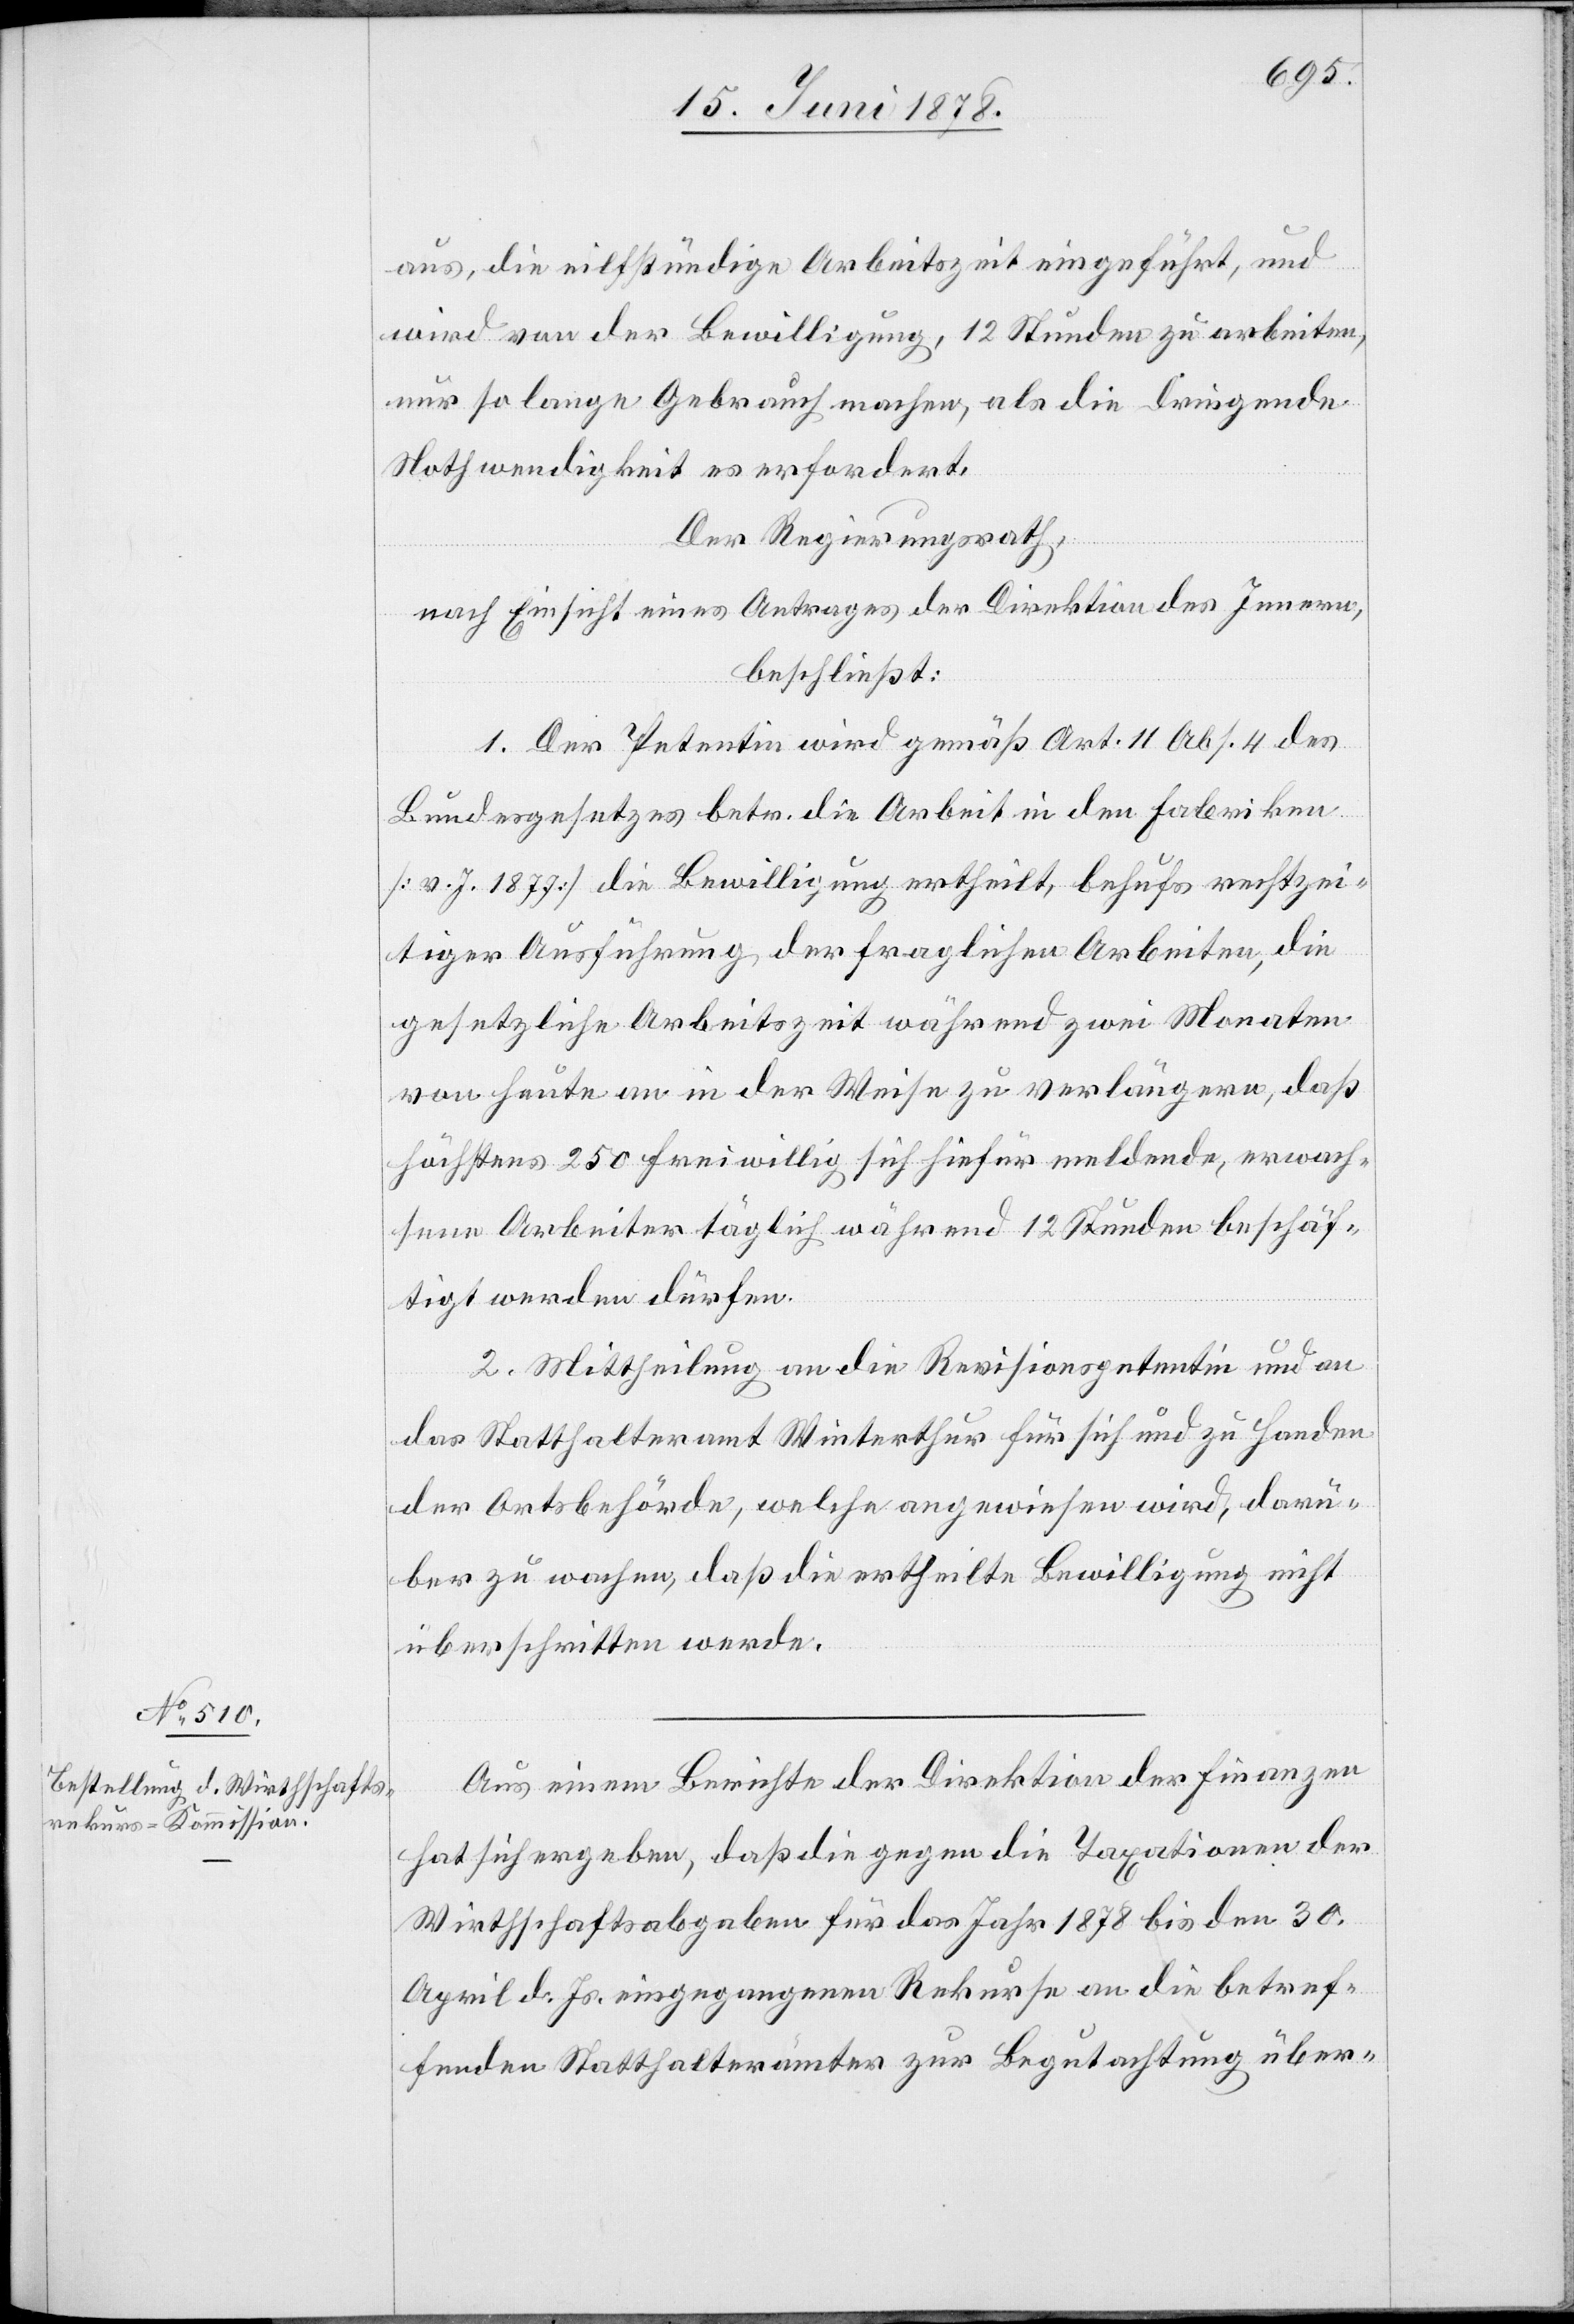
aus, die eilfstündige Arbeitszeit eingeführt, und
wird von der Bewilligung, 12 Stunden zu arbeiten,
nur so lange Gebrauch machen, als die dringende
Nothwendigkeit es erfordert.
Der Regierungsrath,
nach Einsicht eines Antrages der Direktion des Innern,
beschließt:
1. Der Petentin wird gemäß Art. 11 Abs. 4 des
Bundesgesetzes betr. die Arbeit in den Fabriken
[v. J. 1877] die Bewilligung ertheilt, behufs rechtzei¬
tiger Ausführung der fraglichen Arbeiten, die
gesetzliche Arbeitszeit während zwei Monaten
von heute an in der Weise zu verlängern, daß
höchstens 250 freiwillig sich hiefür meldende, erwach¬
sene Arbeiter täglich während 12 Stunden beschäf¬
tigt werden dürfen.
2. Mittheilung an die Revisionspetentin und an
das Statthalteramt Winterthur für sich und zu Handen
der Ortsbehörde, welche angewiesen wird, darü¬
ber zu wachen, daß die ertheilte Bewilligung nicht
überschritten werde.
Aus einem Berichte der Direktion der Finanzen
hat sich ergeben, daß die gegen die Taxationen der
Wirthschaftsabgaben für das Jahr 1878 bis den 30.
April d. Js. eingegangenen Rekurse an die betref¬
fenden Statthalterämter zur Begutachtung über-